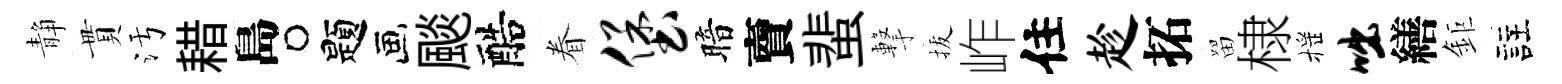
静貫污耤島题颷醅眷堡暗𧶠蜚撃拔岞住趁拓㽞棣摇咄繕鉅註